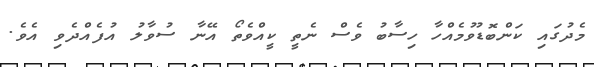
މެދުގައި ކަންބޮޑުވުމެއްހާ ހިސާބު ވެސް ނެތީ ކީއްވެތޯ އޭނާ ސުވާލު އުފެއްދެވި އެވެ.